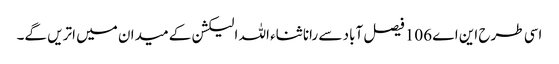
اسی طرح این اے 106 فیصل آباد سے رانا ثناء اللہ الیکشن کے میدان میں اتریں گے۔